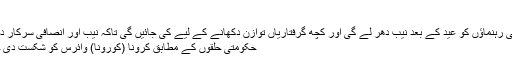
ہفتہ 23 مئی 2020 6:15
اطلاعات یہ ہیں کہ حزب اختلاف کے کئی رہنماؤں کو عید کے بعد نیب دھر لے گی اور کچھ گرفتاریاں توازن دکھانے کے لیے کی جائیں گی تاکہ نیب اور انصافی سرکار دونوں خود کو سرخرو کر سکیں(روئٹرز)
حکومتی حلقوں کے مطابق کرونا (کورونا) وائرس کو شکست دی جا چکی، اب احتساب کا وقت آ پہنچا ہے۔